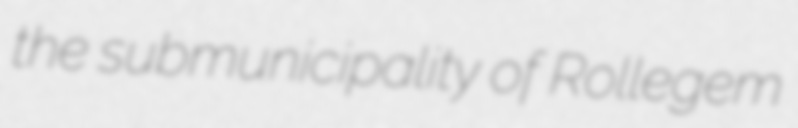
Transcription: the submunicipality of Rollegem